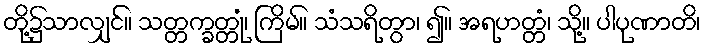
တို့၌သာလျှင်။ သတ္တက္ခတ္တုံ၊ ကြိမ်။ သံသရိတွာ၊ ၍။ အရဟတ္တံ၊ သို့။ ပါပုဏာတိ၊